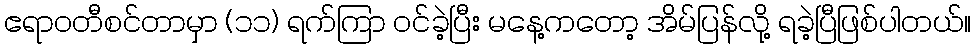
ဧရာဝတီစင်တာမှာ (၁၁) ရက်ကြာ ဝင်ခဲ့ပြီး မနေ့ကတော့ အိမ်ပြန်လို့ ရခဲ့ပြီဖြစ်ပါတယ်။